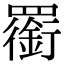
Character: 𦌫